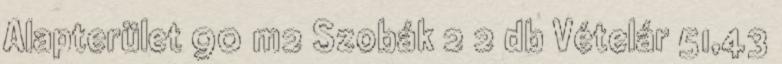
Alapterület 90 m2 Szobák 2 2 db Vételár 51,43